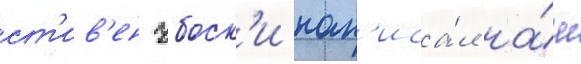
ст'ив'ен чбоск'и нап'иса́л на́ш